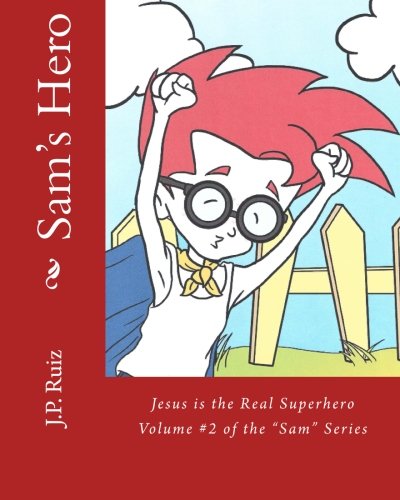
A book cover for Sam's Hero: Jesus the Real Superhero (The "Sam" Series); J. P. Ruiz; Comics & Graphic Novels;